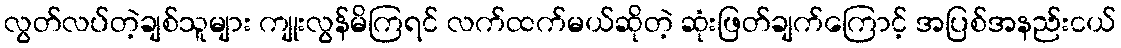
လွတ်လပ်တဲ့ချစ်သူများ ကျုးလွန်မိကြရင် လက်ထက်မယ်ဆိုတဲ့ ဆုံးဖြတ်ချက်ကြောင့် အပြစ်အနည်းငယ်